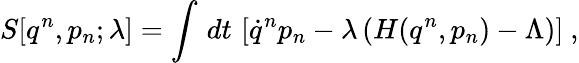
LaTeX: S[q^{n},p_{n};\lambda]=\int\, dt\, \left[\dot{q}^{n}p_{n}-\lambda\left(H(q^{n},p_{n})-\Lambda\right)\right]\ ,